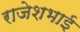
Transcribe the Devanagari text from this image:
राजेशभाई